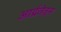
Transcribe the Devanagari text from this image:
आर्द्रतेतून